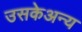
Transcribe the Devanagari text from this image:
उसकेअन्य